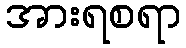
အားရစရာ